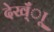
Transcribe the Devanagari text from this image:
देख्ँाू